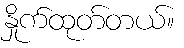
နှိုက်ထုတ်တယ်။